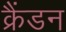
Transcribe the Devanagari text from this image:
क्रैंडन